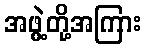
အဖွဲ့တို့အကြား